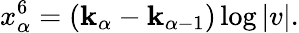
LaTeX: x_{\alpha}^{6}=(\mathbf{k}_{\alpha}-\mathbf{k}_{\alpha-1})\log|v|.